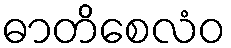
ဓာတိစေလံဝ